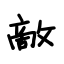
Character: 敵